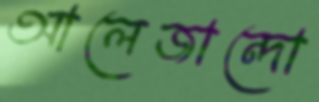
আলেজান্দো